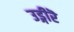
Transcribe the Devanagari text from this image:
उड्गीरॆ